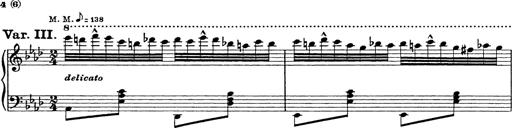
Title: 8 Variations
Composer: Franz Liszt
Key: A-flat major